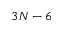
3 N - 6